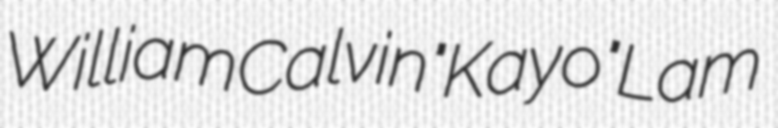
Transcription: William Calvin "Kayo" Lam